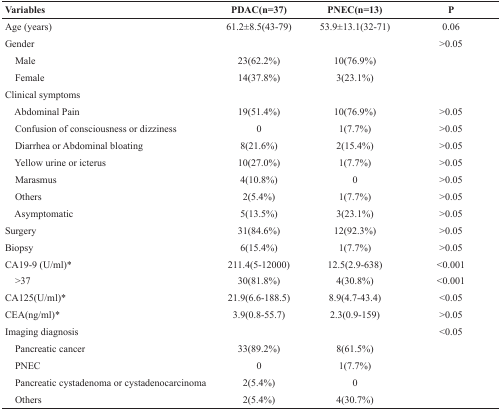
<table><thead><tr><td><b>Variables</b></td><td><b>PDAC(n=37)</b></td><td><b>PNEC(n=13)</b></td><td><b>P</b></td></tr></thead><tbody><tr><td>Age (years)</td><td>61.2±8.5(43-79)</td><td>53.9±13.1(32-71)</td><td>0.06</td></tr><tr><td>Gender</td><td></td><td></td><td>&gt;0.05</td></tr><tr><td> Male</td><td>23(62.2%)</td><td>10(76.9%)</td><td></td></tr><tr><td> Female</td><td>14(37.8%)</td><td>3(23.1%)</td><td></td></tr><tr><td>Clinical symptoms</td><td></td><td></td><td></td></tr><tr><td> Abdominal Pain</td><td>19(51.4%)</td><td>10(76.9%)</td><td>&gt;0.05</td></tr><tr><td> Confusion of consciousness or dizziness</td><td>0</td><td>1(7.7%)</td><td>&gt;0.05</td></tr><tr><td> Diarrhea or Abdominal bloating</td><td>8(21.6%)</td><td>2(15.4%)</td><td>&gt;0.05</td></tr><tr><td> Yellow urine or icterus</td><td>10(27.0%)</td><td>1(7.7%)</td><td>&gt;0.05</td></tr><tr><td> Marasmus</td><td>4(10.8%)</td><td>0</td><td>&gt;0.05</td></tr><tr><td> Others</td><td>2(5.4%)</td><td>1(7.7%)</td><td>&gt;0.05</td></tr><tr><td> Asymptomatic</td><td>5(13.5%)</td><td>3(23.1%)</td><td>&gt;0.05</td></tr><tr><td>Surgery</td><td>31(84.6%)</td><td>12(92.3%)</td><td>&gt;0.05</td></tr><tr><td>Biopsy</td><td>6(15.4%)</td><td>1(7.7%)</td><td>&gt;0.05</td></tr><tr><td>CA19-9 (U/ml)*</td><td>211.4(5-12000)</td><td>12.5(2.9-638)</td><td>&lt;0.001</td></tr><tr><td> &gt;37</td><td>30(81.8%)</td><td>4(30.8%)</td><td>&lt;0.001</td></tr><tr><td>CA125(U/ml)*</td><td>21.9(6.6-188.5)</td><td>8.9(4.7-43.4)</td><td>&lt;0.05</td></tr><tr><td>CEA(ng/ml)*</td><td>3.9(0.8-55.7)</td><td>2.3(0.9-159)</td><td>&gt;0.05</td></tr><tr><td>Imaging diagnosis</td><td></td><td></td><td>&lt;0.05</td></tr><tr><td> Pancreatic cancer</td><td>33(89.2%)</td><td>8(61.5%)</td><td></td></tr><tr><td> PNEC</td><td>0</td><td>1(7.7%)</td><td></td></tr><tr><td> Pancreatic cystadenoma or cystadenocarcinoma</td><td>2(5.4%)</td><td>0</td><td></td></tr><tr><td> Others</td><td>2(5.4%)</td><td>4(30.7%)</td><td></td></tr></tbody></table>